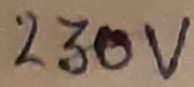
Text: 230V